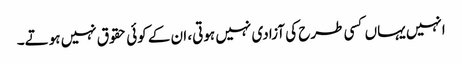
انہیں یہاں کسی طرح کی آزادی نہیں ہوتی، ان کے کوئی حقوق نہیں ہوتے۔